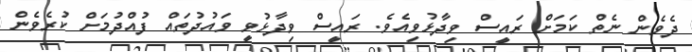
ދެވެން ނެތް ކަމަށް ރައީސް ވިދާޅުވިއެވެ. ރައީސް ވިދާޅުވީ ވައުދުތައް ފުއްދުމަށް ކުރެވެން